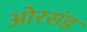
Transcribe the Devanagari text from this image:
ओरसंड